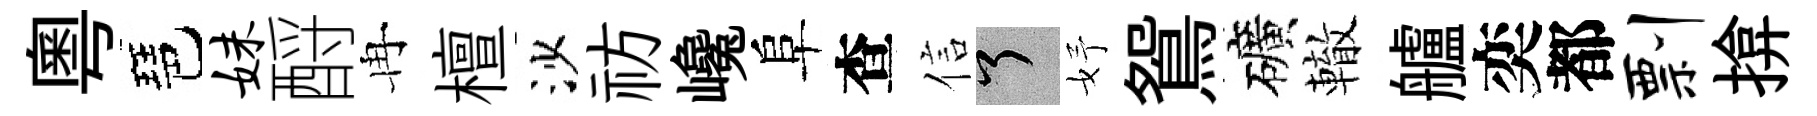
粵琶妹酹冉檀沙祊巉阜查信了妤鴛礦轍艫奕都剽揜